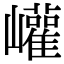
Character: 巏